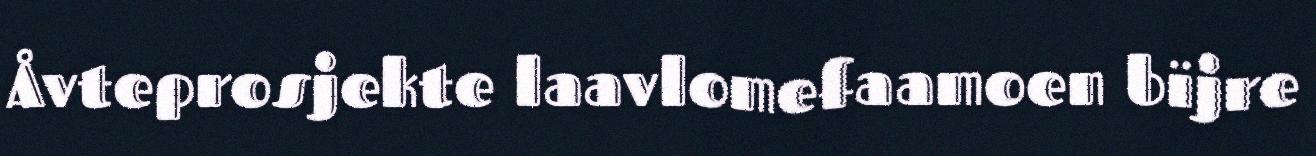
Åvteprosjekte laavlomefaamoen bïjre